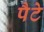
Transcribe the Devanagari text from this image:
पैटे